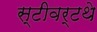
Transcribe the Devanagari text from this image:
स्टीवर्टथे